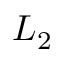
L _ { 2 }